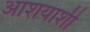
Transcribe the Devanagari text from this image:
आशयाशी